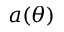
a ( \theta )